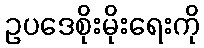
ဥပဒေစိုးမိုးရေးကို